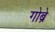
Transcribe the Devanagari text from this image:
गोब्रे